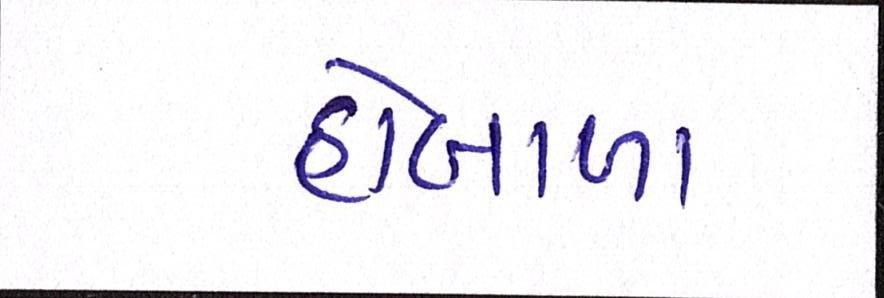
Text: હોબાળા